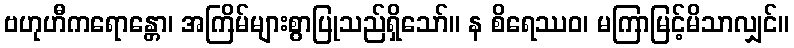
ဗဟုဟီကရောန္တော၊ အကြိမ်များစွာပြုသည်ရှိသော်။ န စိရေဿဝ၊ မကြာမြင့်မိသာလျှင်။